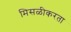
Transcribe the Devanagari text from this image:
मिसळीकरता